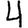
Digit: 4